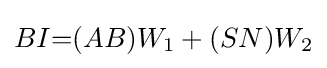
BI{=}(AB)W_{1}+(SN)W_{2}\,\!